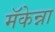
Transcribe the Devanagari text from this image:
मॅकेन्ना